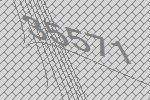
35571